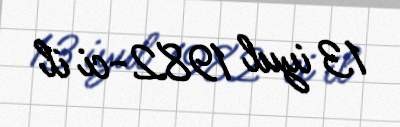
13 iyul 1982-ci il